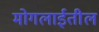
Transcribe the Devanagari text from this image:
मोगलाईतील